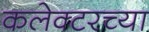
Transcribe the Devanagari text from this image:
कलेक्टरच्या